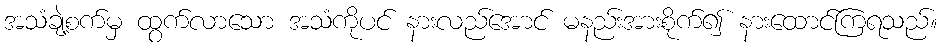
အသံချဲ့စက်မှ ထွက်လာသော အသံကိုပင် နားလည်အောင် မနည်းအားစိုက်၍ နားထောင်ကြရသည်။